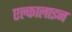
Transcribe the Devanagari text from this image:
एल्कालाइन